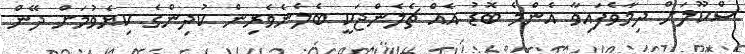
ސްކޫލަށް ދިމާވެފައިވާ އެންމެ ބޮޑު އެއް ޗެލެންޖަކީ ބެލެނެވެރިން ކުދިންގެ ކިޔެވުމަށް ދޭން